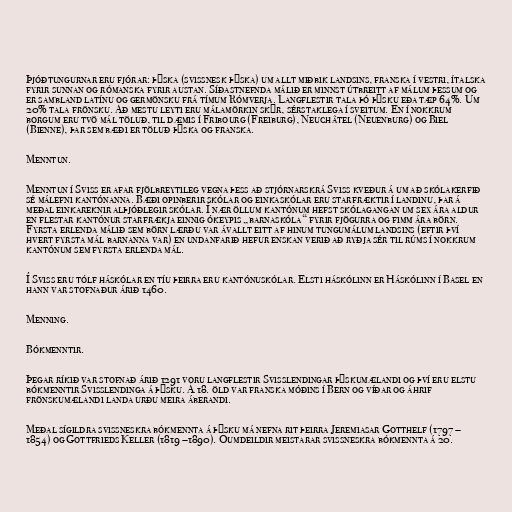
Þjóðtungurnar eru fjórar: þýska (svissnesk þýska) um allt miðbik landsins, franska í vestri, ítalska
fyrir sunnan og rómanska fyrir austan. Síðastnefnda málið er minnst útbreitt af málum þessum og
er sambland latínu og germönsku frá tímum Rómverja. Langflestir tala þó þýsku eða tæp 64%. Um
20% tala frönsku. Að mestu leyti eru málamörkin skýr, sérstaklega í sveitum. En í nokkrum
borgum eru tvö mál töluð, til dæmis í Fribourg (Freiburg), Neuchâtel (Neuenburg) og Biel
(Bienne), þar sem bæði er töluð þýska og franska.

Menntun.

Menntun í Sviss er afar fjölbreytileg vegna þess að stjórnarskrá Sviss kveður á um að skólakerfið
sé málefni kantónanna. Bæði opinberir skólar og einkaskólar eru starfræktir í landinu, þar á
meðal einkareknir alþjóðlegir skólar. Í nær öllum kantónum hefst skólagangan um sex ára aldur
en flestar kantónur starfrækja einnig ókeypis „barnaskóla“ fyrir fjögurra og fimm ára börn.
Fyrsta erlenda málið sem börn lærðu var ávallt eitt af hinum tungumálum landsins (eftir því
hvert fyrsta mál barnanna var) en undanfarið hefur enskan verið að ryðja sér til rúms í nokkrum
kantónum sem fyrsta erlenda mál.

Í Sviss eru tólf háskólar en tíu þeirra eru kantónuskólar. Elsti háskólinn er Háskólinn í Basel en
hann var stofnaður árið 1460.

Menning.

Bókmenntir.

Þegar ríkið var stofnað árið 1291 voru langflestir Svisslendingar þýskumælandi og því eru elstu
bókmenntir Svisslendinga á þýsku. Á 18. öld var franska móðins í Bern og víðar og áhrif
frönskumælandi landa urðu meira áberandi.

Meðal sígildra svissneskra bókmennta á þýsku má nefna rit þeirra Jeremiasar Gotthelf (1797 –
1854) og Gottfrieds Keller (1819 –1890). Óumdeildir meistarar svissneskra bókmennta á 20.